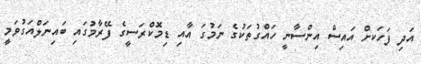
އަދި ފަހަކށް އައިސް އިންސާނީ ހައްގުތަކުގެ ނަމުގަ އާއި ޑިމޮކްރަސީގެ ފޭރާމުގައި ބައިނަލްއަގުވަމީ